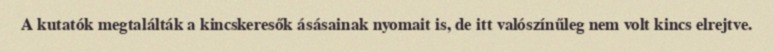
A kutatók megtalálták a kincskeresők ásásainak nyomait is, de itt valószínűleg nem volt kincs elrejtve.